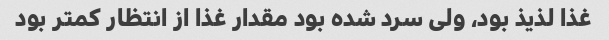
غذا لذیذ بود، ولی سرد شده بود مقدار غذا از انتظار کمتر بود